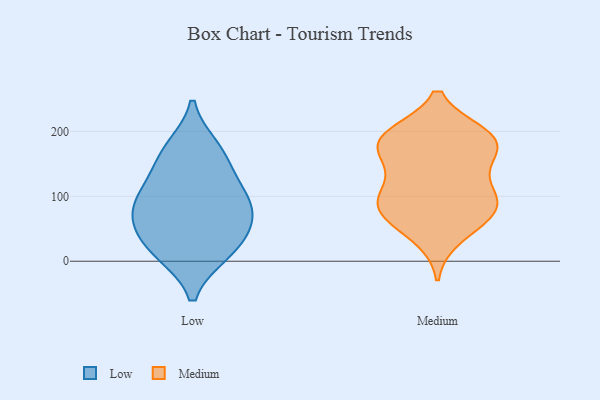
{"axis": {"x": "Active Users", "y": "Value"}, "legend": ["Low", "Medium"], "data": [{"x": "", "y": 87, "type": "Low"}, {"x": "", "y": 50, "type": "Low"}, {"x": "", "y": 162, "type": "Low"}, {"x": "", "y": 12, "type": "Low"}, {"x": "", "y": 12, "type": "Low"}, {"x": "", "y": 175, "type": "Low"}, {"x": "", "y": 78, "type": "Low"}, {"x": "", "y": 123, "type": "Low"}, {"x": "", "y": 50, "type": "Low"}, {"x": "", "y": 101, "type": "Low"}, {"x": "", "y": 37, "type": "Medium"}, {"x": "", "y": 189, "type": "Medium"}, {"x": "", "y": 67, "type": "Medium"}, {"x": "", "y": 190, "type": "Medium"}, {"x": "", "y": 195, "type": "Medium"}, {"x": "", "y": 142, "type": "Medium"}, {"x": "", "y": 164, "type": "Medium"}, {"x": "", "y": 99, "type": "Medium"}, {"x": "", "y": 88, "type": "Medium"}, {"x": "", "y": 158, "type": "Medium"}, {"x": "", "y": 97, "type": "Medium"}, {"x": "", "y": 62, "type": "Medium"}, {"x": "", "y": 189, "type": "Medium"}, {"x": "", "y": 191, "type": "Medium"}, {"x": "", "y": 83, "type": "Medium"}, {"x": "", "y": 102, "type": "Medium"}]}